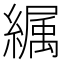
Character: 𦅉